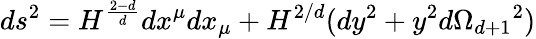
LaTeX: ds^{2}=H^{\frac{2-d}{d}}dx^{\mu}dx_{\mu}+H^{2/d}(dy^{2}+y^{2}d\Omega_{d+1}{}^{2})